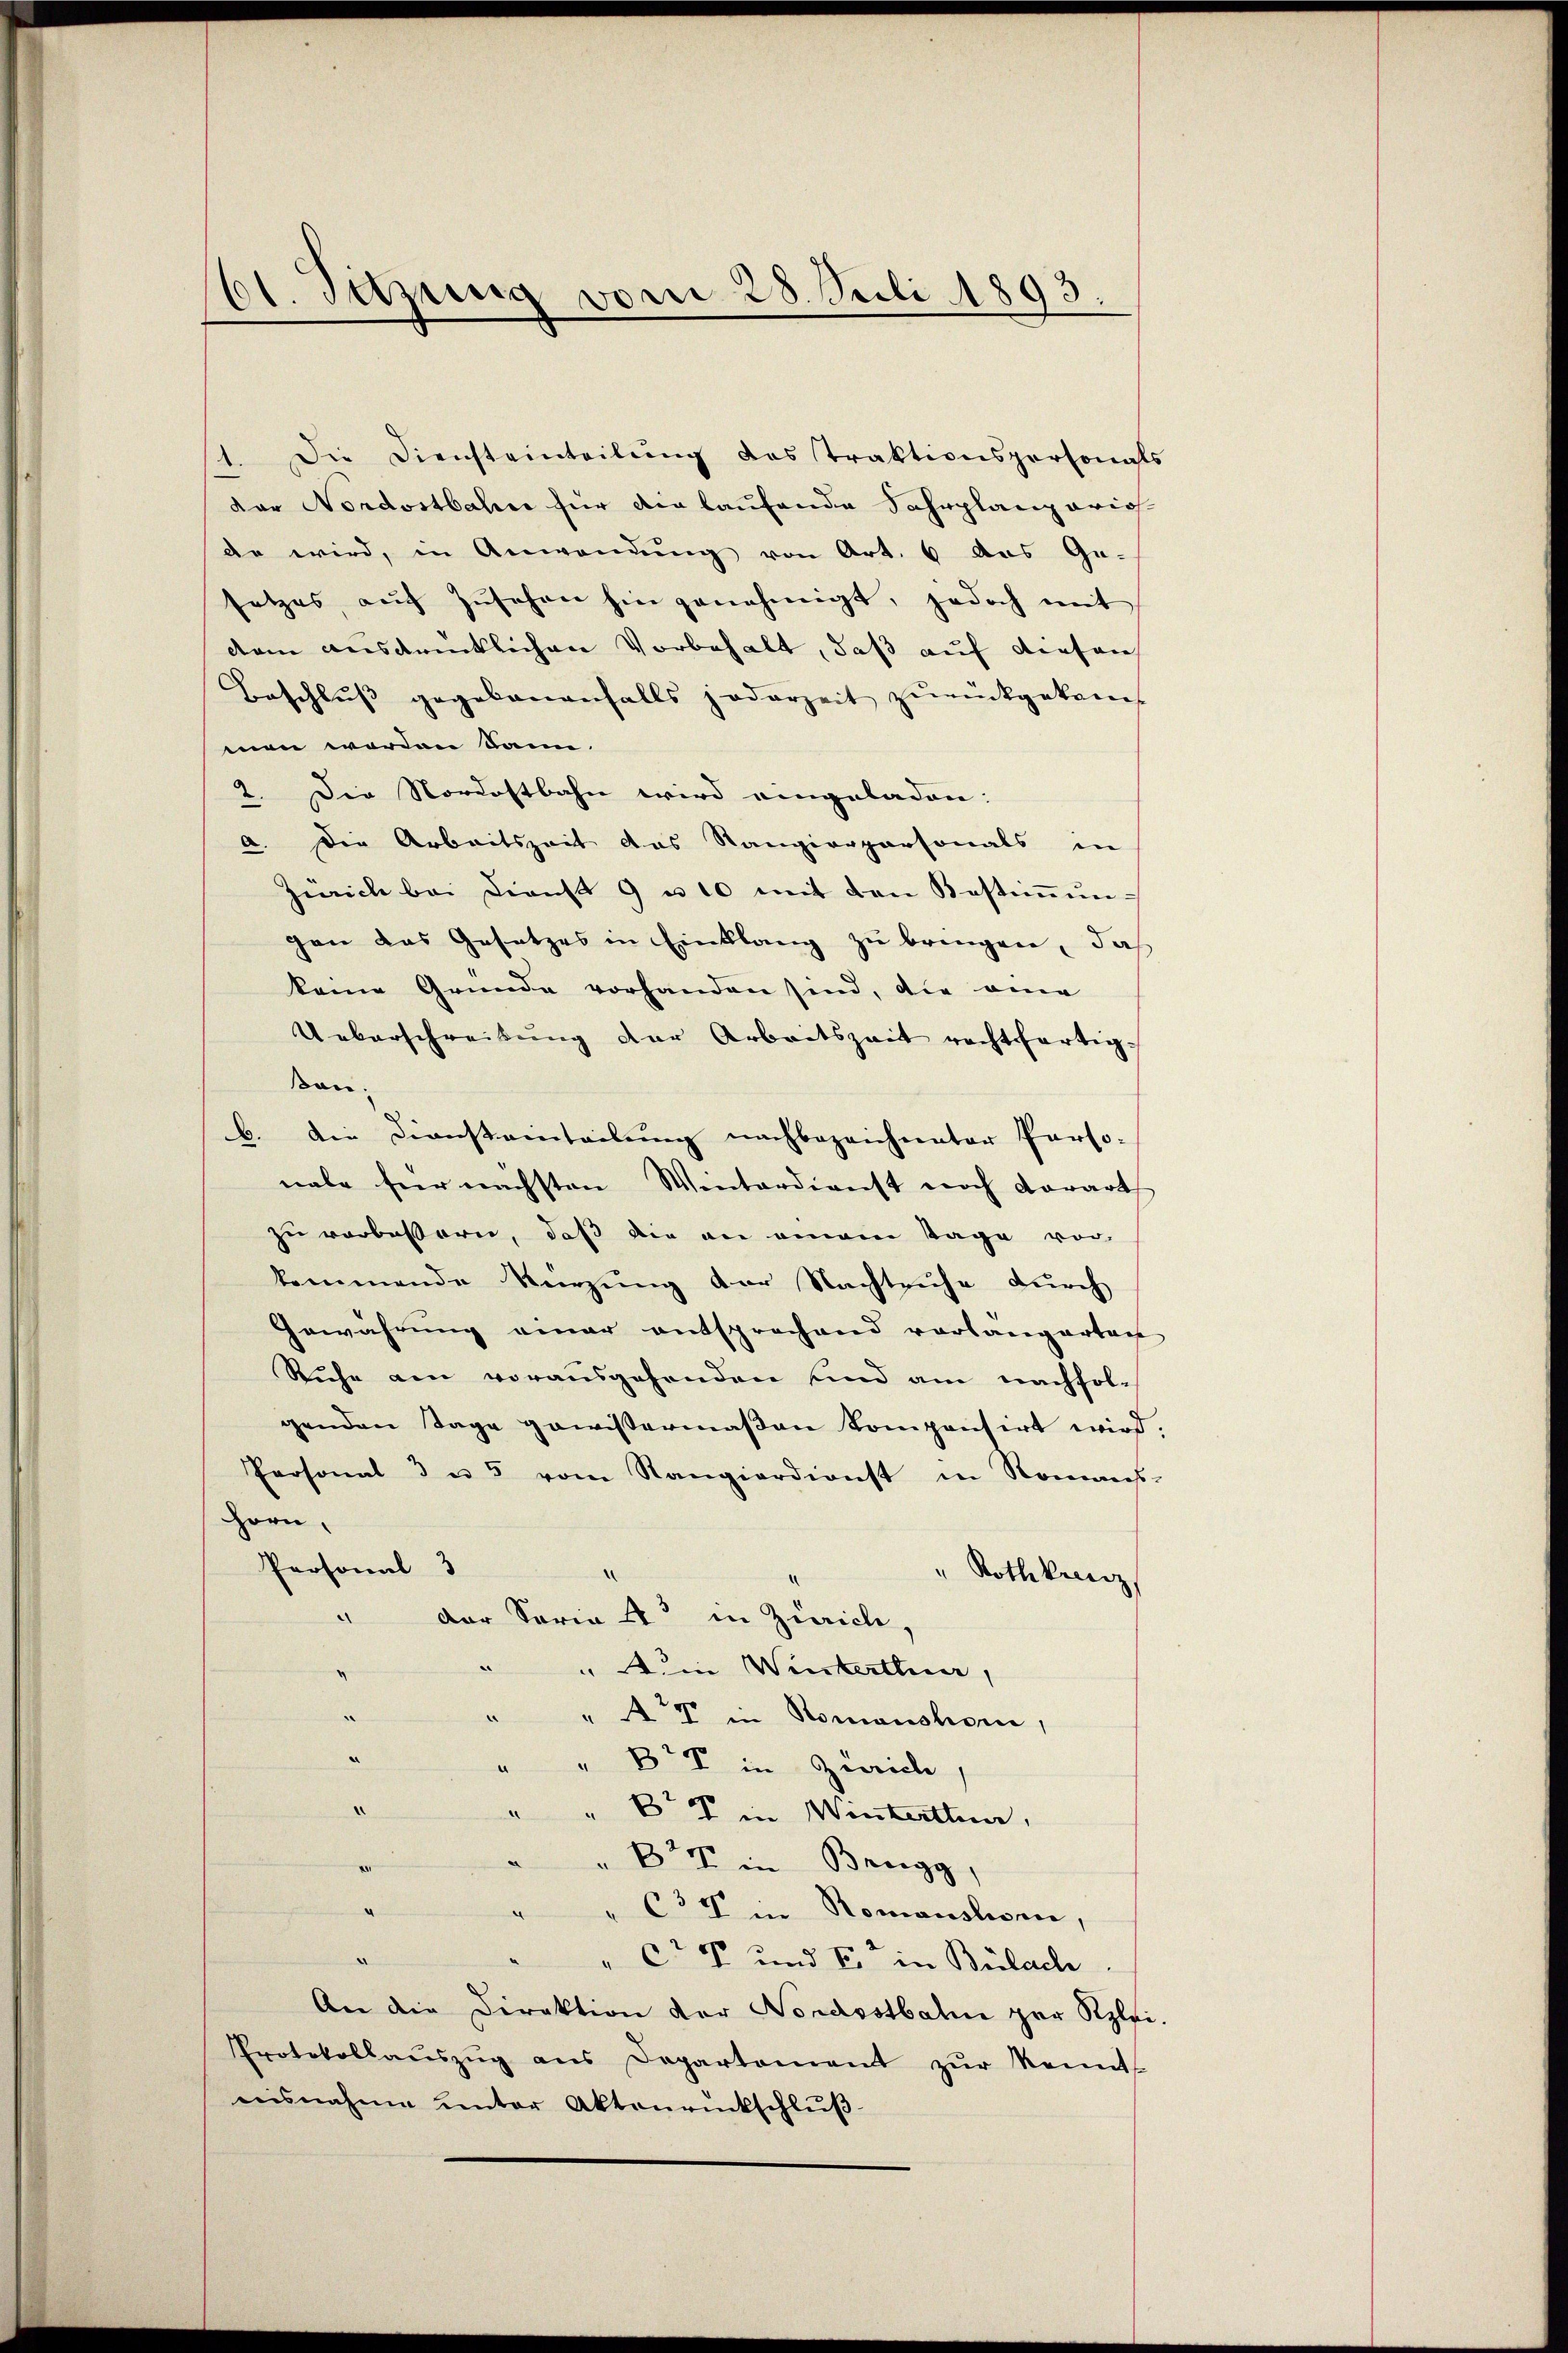
61. Setzung vom 28. Juli 1893.

1. Die Diensteinteilŭng das Traktionspersonals
dor Nordostbahn für die laufende Fahrplanz arich
de wird, in Anwendung von Art. 6 das Ge-
setzes aŭf Zŭsehen hin genehmigt, jedoch mit
dem ausdrücklichen Vorbehalt, daß auf diesen
Beschluss gegebenenfalls jederzeit zŭrückgekom-
men worden Sann.
2. Die Nordostbahn wird eingeladen.
a. Die Arbeitszeit das Rangierpersonals in
Zürich bei Dienst 9 u 10 mit den Bestiṁŭn
gen das Gesetzes in Einklang zu bringen, daß
keine Gründe vorhanden sind, die am
Ueberschreibung der Arbeitszeit rechtfertigsan.
b. Die Diensteinteilung nachbezeichneter Perso-
nale für nächsten Winterdienst noch derart
zu vorbessern, daß die an einem Tage vor-
kommende Kürzung der Nachtruhe durch
Gewährung einer entsprochend vorlangarten
Ruhe am vorausgehenden sind am nachfolgenden Tage gewissermaβen Kompensirt wird.
Personal 3 u. 5 vom Rangierdienst in Nomans-
Hern.
Personal 3
Rothkanz
.
der Soria 4 in Zürich,
“
" in Winterthurer,
e
" Art in Romanshor,
Br V in Zürich,
.
CV in Winterthun,
B in Brugg,
g
a
637 in Romanshorn,
“
" CV und E. in Bülach
An die Direktion der Nordostbahn zur Klei-
Protokollaŭszŭg ans Departement zŭr Kennt
nisnahme unter Aktenrückschlŭβ-